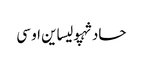
حادثہپولیساین او سی